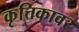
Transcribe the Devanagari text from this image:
कृत्तिकावर